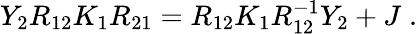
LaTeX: Y_{2}R_{12}K_{1}R_{21}=R_{12}K_{1}R_{12}^{-1}Y_{2}+J\; .